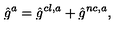
\hat { g } ^ { a } = \hat { g } ^ { c l , a } + \hat { g } ^ { n c , a } ,